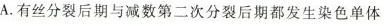
A.有丝分裂后期与减数第二次分裂后期都发生染色单体